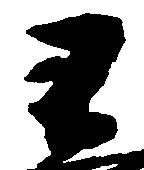
不